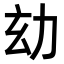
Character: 𠡆